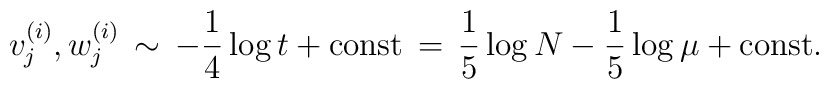
v^{(i)}_{j},w^{(i)}_{j}\,\sim\, -\frac{1}{4}\log t+\mbox{const}\,=\,\frac{1}{5}\log N-\frac{1}{5}\log\mu+\mbox{const}.